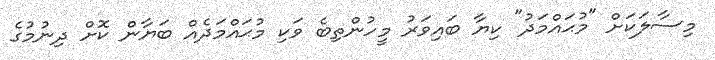
މިސާލަކަށް "މުޙައްމަދު" ކިޔާ ބައިވަރު މީހުންތިބެ ވަކި މުޙައްމަދެއް ބަޔާން ކޮށް ދިނުމުގެ